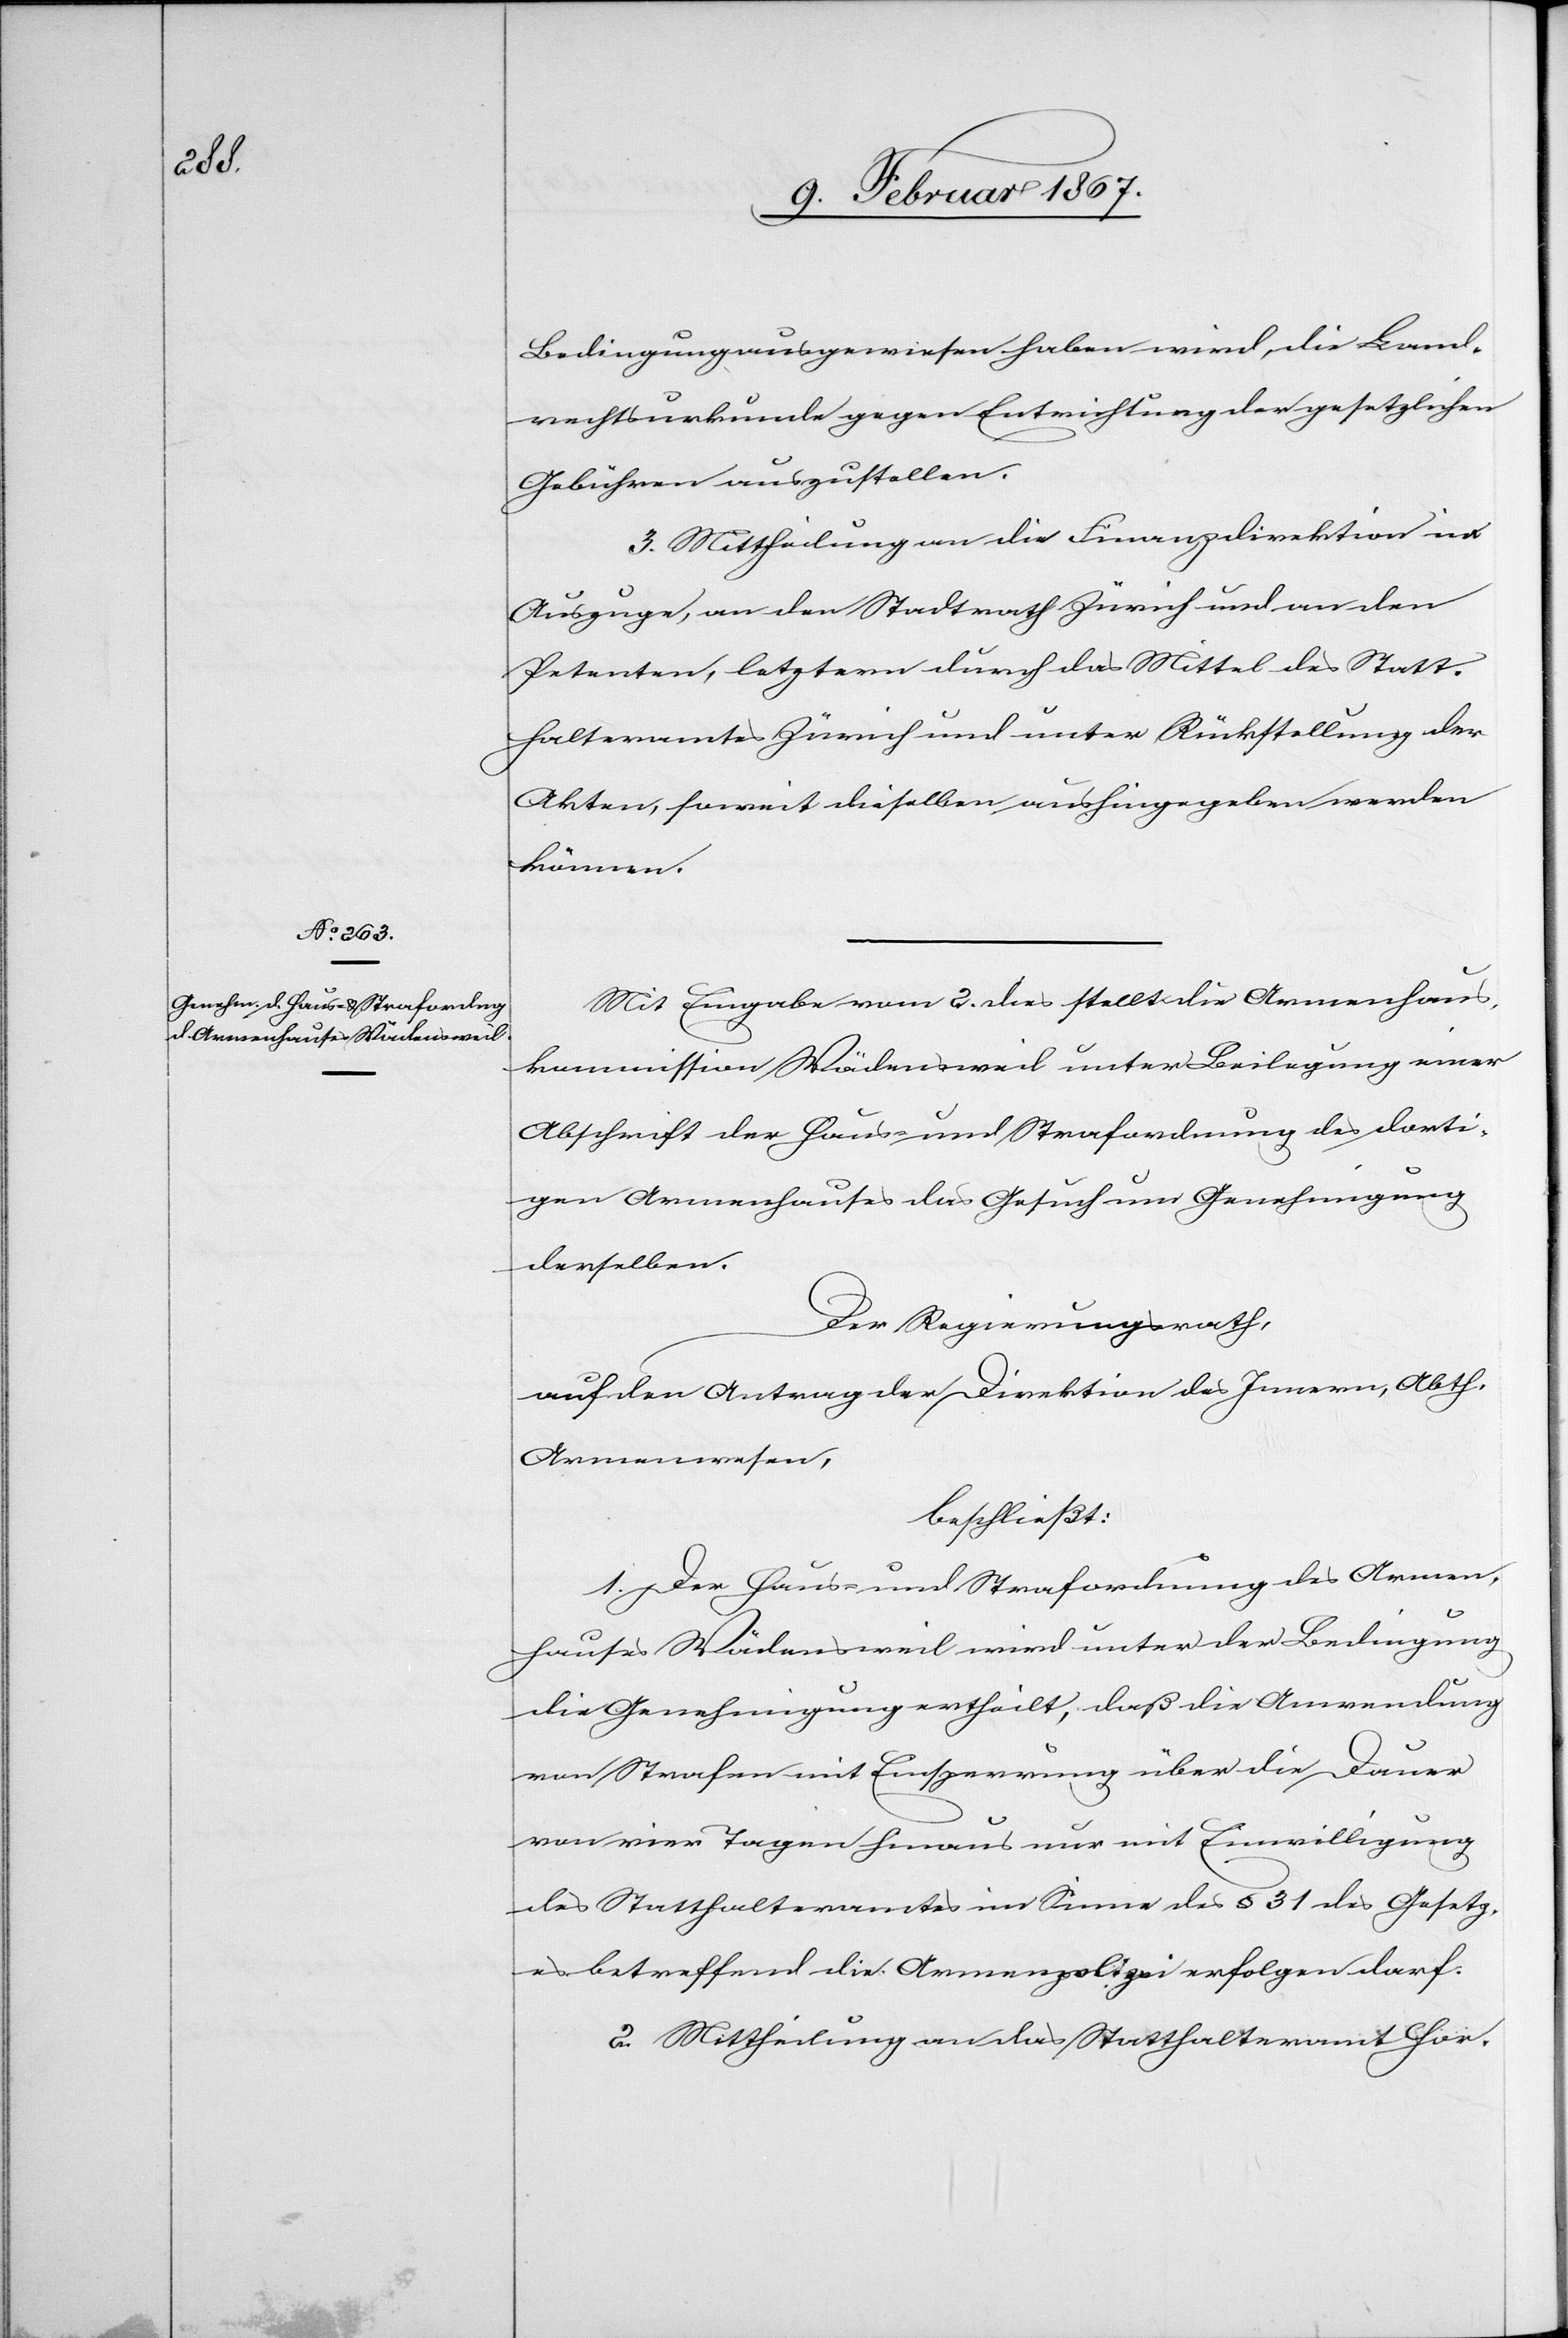
Bedingung ausgewiesen haben wird, die Land¬
rechtsurkunde gegen Entrichtung der gesetzlichen
Gebühren auszustellen.
3. Mittheilung an die Finanzdirektion im
Auszuge, an den Stadtrath Zürich und an den
Petenten, letzterm durch das Mittel des Statt¬
halteramtes Zürich und unter Rückstellung der
Akten, soweit dieselben aushingegeben werden
können.
Mit Eingabe vom 2. dies stellt die Armenhaus¬
kommission Wädensweil unter Beilegung einer
Abschrift der Haus- und Strafordnung des dorti¬
gen Armenhauses das Gesuch um Genehmigung
derselben.
Der Regierungsrath,
auf den Antrag der Direktion des Innern, Abth.
Armenwesen,
beschließt:
1. Der Haus- und Strafordnung des Armen¬
hauses Wädensweil wird unter der Bedingung
die Genehmigung ertheilt, daß die Anwendung
von Strafen mit Einsperrung über die Dauer
von vier Tagen hinaus nur mit Einwilligung
des Statthalteramtes im Sinne des § 31 des Gesetz¬
es betreffend die Armenpolizei erfolgen darf.
2. Mittheilung an das Statthalteramt Hor-